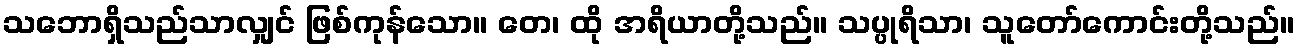
သဘောရှိသည်သာလျှင် ဖြစ်ကုန်သော။ တေ၊ ထို အရိယာတို့သည်။ သပ္ပုရိသာ၊ သူတော်ကောင်းတို့သည်။